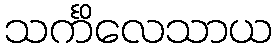
သင်္ကိလေသာယ